Civil Veterinary Dept. Assam report 1911-1927 - 1911-1927
Year: 1911
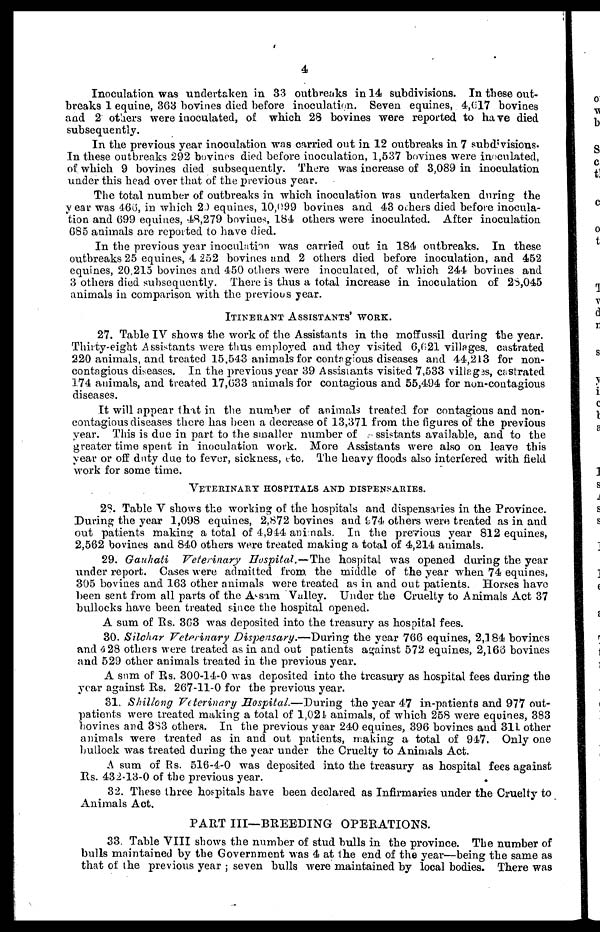
4
Inoculation was undertaken in 33 outbreaks in 14 subdivisions. In these out-
breaks 1 equine, 363 bovines died before inoculation. Seven equines, 4,(517 bovines
and 2 others were inoculated, of which 28 bovines were reported to have died
subsequently.
In the previous year inoculation was carried out in 12 outbreaks in 7 subdivisions.
In these outbreaks 292 bovines died before inoculation, 1,537 bovines were inoculated,
of which 9 bovines died subsequently. There was increase of 3,089 in inoculation
under this head over that of the previous year.
The total number of outbreaks in which inoculation was undertaken during the
year was 466, in which 29 equines, 10,099 bovines and 43 others died before inocula-
tion and 699 equines, 48,279 bovines, 184 others were inoculated. After inoculation
685 animals are reported to have died.
In the previous year inoculation was carried out in 184 outbreaks. In these
outbreaks 25 equines, 4 252 bovines and 2 others died before inoculation, and 452
equines, 20,215 bovines and 450 others were inoculated, of which 244 bovines and
3 others died subsequently. There is thus a total increase in inoculation of 25,045
animals in comparison with the previous year.
ITINERANT ASSISTANTS' WORK.
27. Table IV shows the work of the Assistants in the moffussil during the year.
Thirty-eight Assistants were thus employed and they visited 6,021 villages, castrated
220 animals, and treated 15,543 animals for contagious diseases and 44,213 for non-
contagious diseases. In the previous year 39 Assistants visited 7,533 villages, castrated
174 animals, and treated 17,633 animals for contagious and 55,494 for non-contagious
diseases.
It will appear that in the number of animals treated for contagious and non-
contagious diseases there has been a decrease of 13,371 from the figures of the previous
year. This is due in part to the smaller number of Assistants available, and to the
greater time spent in inoculation work. More Assistants were also on leave this
year or off duty due to fever, sickness, etc. The heavy floods also interfered with field
work for some time.
VETERINARY HOSPITALS AND DISPENSARIES.
28. Table V shows the working of the hospitals and dispensaries in the Province.
During the year 1,098 equines, 2,872 bovines and 974 others were treated as in and
out patients making a total of 4,944 animals. In the previous year 812 equines,
2,562 bovines and 840 others were treated making a total of 4,214 animals.
29. Gauhati
Veterinary
Hospital.—The
hospital was opened during the year
under report. Cases were admitted from the middle of the year when 74 equines,
305 bovines and 163 other animals were treated as in and out patients. Horses have
been sent from all parts of the Assam Valley. Under the Cruelty to Animals Act 37
bullocks have been treated since the hospital opened.
A sum of Rs. 363 was deposited into the treasury as hospital fees.
30. Silchar Veterinary Dispensary.—During
the year 766 equines, 2,184 bovines
and 4 28 others were treated as in and out patients against 572 equines, 2,166 bovines
and 529 other animals treated in the previous year.
A sum of Rs. 300-14-0 was deposited into the treasury as hospital fees during the
year against Rs. 267-11-0 for the previous year.
31. Shillong Veterinary Hospital.—During
the year 47 in-patients and 977 out-
patients were treated making a total of 1,024- animals, of which 258 were equines, 383
bovines and 383 others. In the previous year 240 equines, 396 bovines and 311 other
animals were treated as in and out patients, making a total of 947. Only one
bullock was treated during the year under the Cruelty to Animals Act.
A sum of Rs. 516-4-0 was deposited into the treasury as hospital fees against
Rs. 432-13-0 of the previous year.
32. These three hospitals have been declared as Infirmaries under the Cruelty to
Animals Act.
PART III—BREEDING OPERATIONS.
33. Table VIII shows the number of stud bulls in the province. The number of
bulls maintained by the Government was 4 at the end of the year—being the same as
that of the previous year ; seven bulls were maintained by local bodies. There was